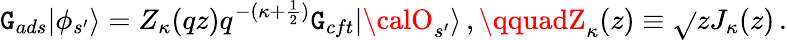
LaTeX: \mathtt{G}_{ads}|\phi_{s^{\prime}}\rangle=Z_{\kappa}(qz)q^{-(\kappa+\frac{{1}}{{2}})}\mathtt{G}_{cft}|{\calO}_{s^{\prime}}\rangle\, ,\qquadZ_{\kappa}(z)\equiv\sqrt{}{{z}}J_{\kappa}(z)\, .